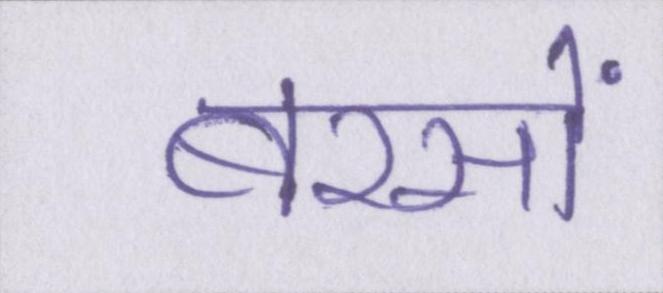
बरसों